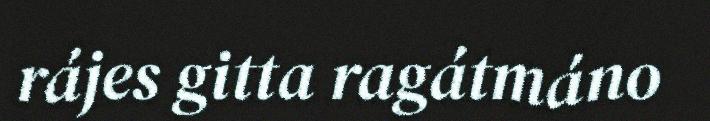
rájes gitta ragátmáno